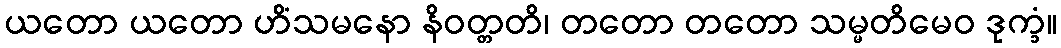
ယတော ယတော ဟိံသမနော နိဝတ္တတိ၊ တတော တတော သမ္မတိမေဝ ဒုက္ခံ။